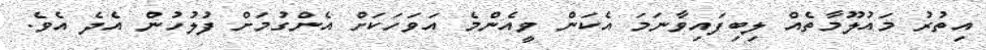
އިތުރު މައުލޫމާތެއް ލިބިފައިވާނަމަ އެކަން ވީއެންމެ އަވަހަކަށް އެންގުމަށް ފުލުހުން އެދެ އެވެ.